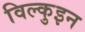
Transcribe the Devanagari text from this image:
विल्कुइन